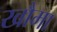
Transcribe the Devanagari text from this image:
खौमा